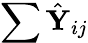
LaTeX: \sum\hat{\mathbf Y}_{ij}